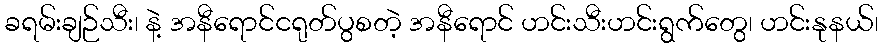
ခရမ်းချဉ်သီး၊ နဲ့ အနီရောင်ငရုတ်ပွစတဲ့ အနီရောင် ဟင်းသီးဟင်းရွက်တွေ၊ ဟင်းနုနယ်၊